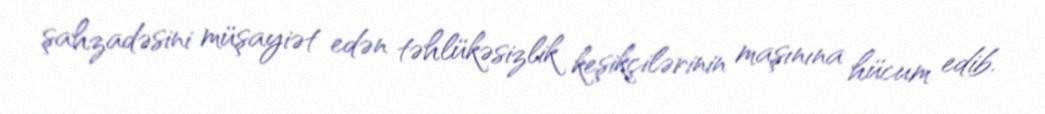
şahzadəsini müşayiət edən təhlükəsizlik keşikçilərinin maşınına hücum edib.